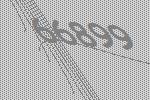
66899